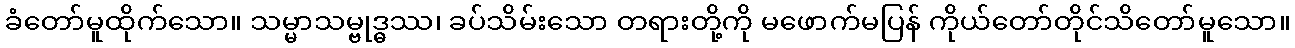
ခံတော်မူထိုက်သော။ သမ္မာသမ္ဗုဒ္ဓဿ၊ ခပ်သိမ်းသော တရားတို့ကို မဖောက်မပြန် ကိုယ်တော်တိုင်သိတော်မူသော။